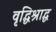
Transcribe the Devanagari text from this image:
वृद्धिश्राद्ध